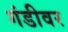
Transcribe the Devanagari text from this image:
गंडीवर